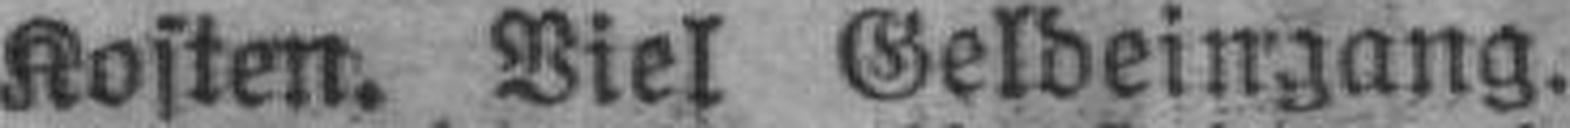
Kosten. Viel Geldeingang.